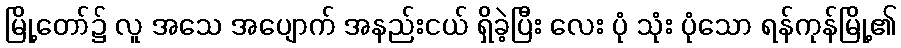
မြို့တော်၌ လူ အသေ အပျောက် အနည်းငယ် ရှိခဲ့ပြီး လေး ပုံ သုံး ပုံသော ရန်ကုန်မြို့၏